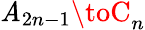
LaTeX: \mathit{A}_{2n-1}\toC_{n}